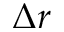
\Delta { r }